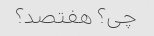
چی؟ هفتصد؟